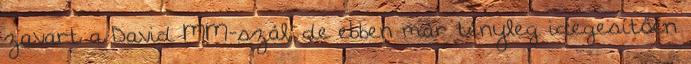
zavart a David MM-szál, de ebben már tényleg idegesítően